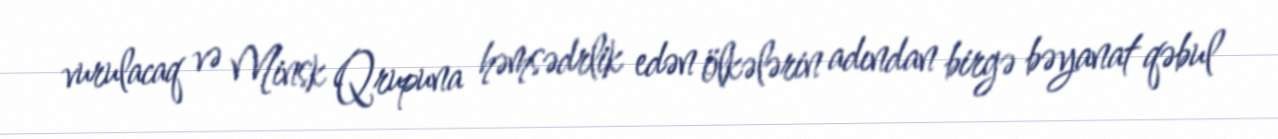
vurulacaq və Minsk Qrupuna həmsədrlik edən ölkələrin adından birgə bəyanat qəbul